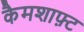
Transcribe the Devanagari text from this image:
कैमशाफ़्ट